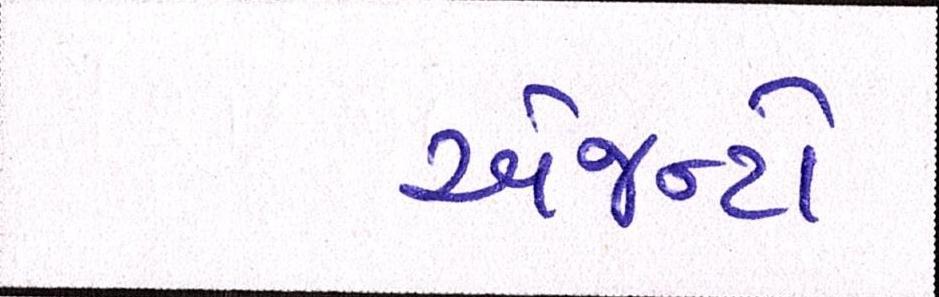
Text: એજન્ટો